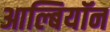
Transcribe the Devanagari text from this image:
आल्बियॉन